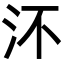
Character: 㳅